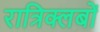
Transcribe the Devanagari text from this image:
रात्रिक्लबों